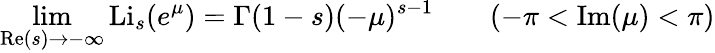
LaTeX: \operatorname*{lim}_{\operatorname{Re}(s)\to-\infty}\operatorname{Li}_{s}(e^{\mu})=\Gamma(1-s)(-\mu)^{s-1}\qquad(-\pi<\operatorname{Im}(\mu)<\pi)